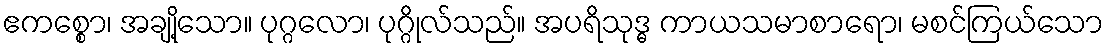
ဧကစ္စော၊ အချို့သော။ ပုဂ္ဂလော၊ ပုဂ္ဂိုလ်သည်။ အပရိသုဒ္ဓ ကာယသမာစာရော၊ မစင်ကြယ်သော